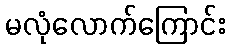
မလုံလောက်ကြောင်း